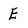
Character: E